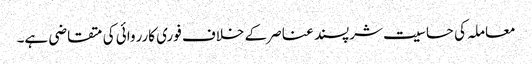
معاملہ کی حساسیت شرپسند عناصر کے خلاف فوری کارروائی کی متقاضی ہے۔